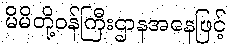
မိမိတို့ဝန်ကြီးဌာနအနေဖြင့်